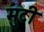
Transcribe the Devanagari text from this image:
मुटी